Bréfritari: Sigríður Pálsdóttir
Viðtakandi: Páll Pálsson
Dagsetning: A-1864-07-22
Skrifað á: Breiðabólsstað  Rang.
Páll var bróðir Sigríðar

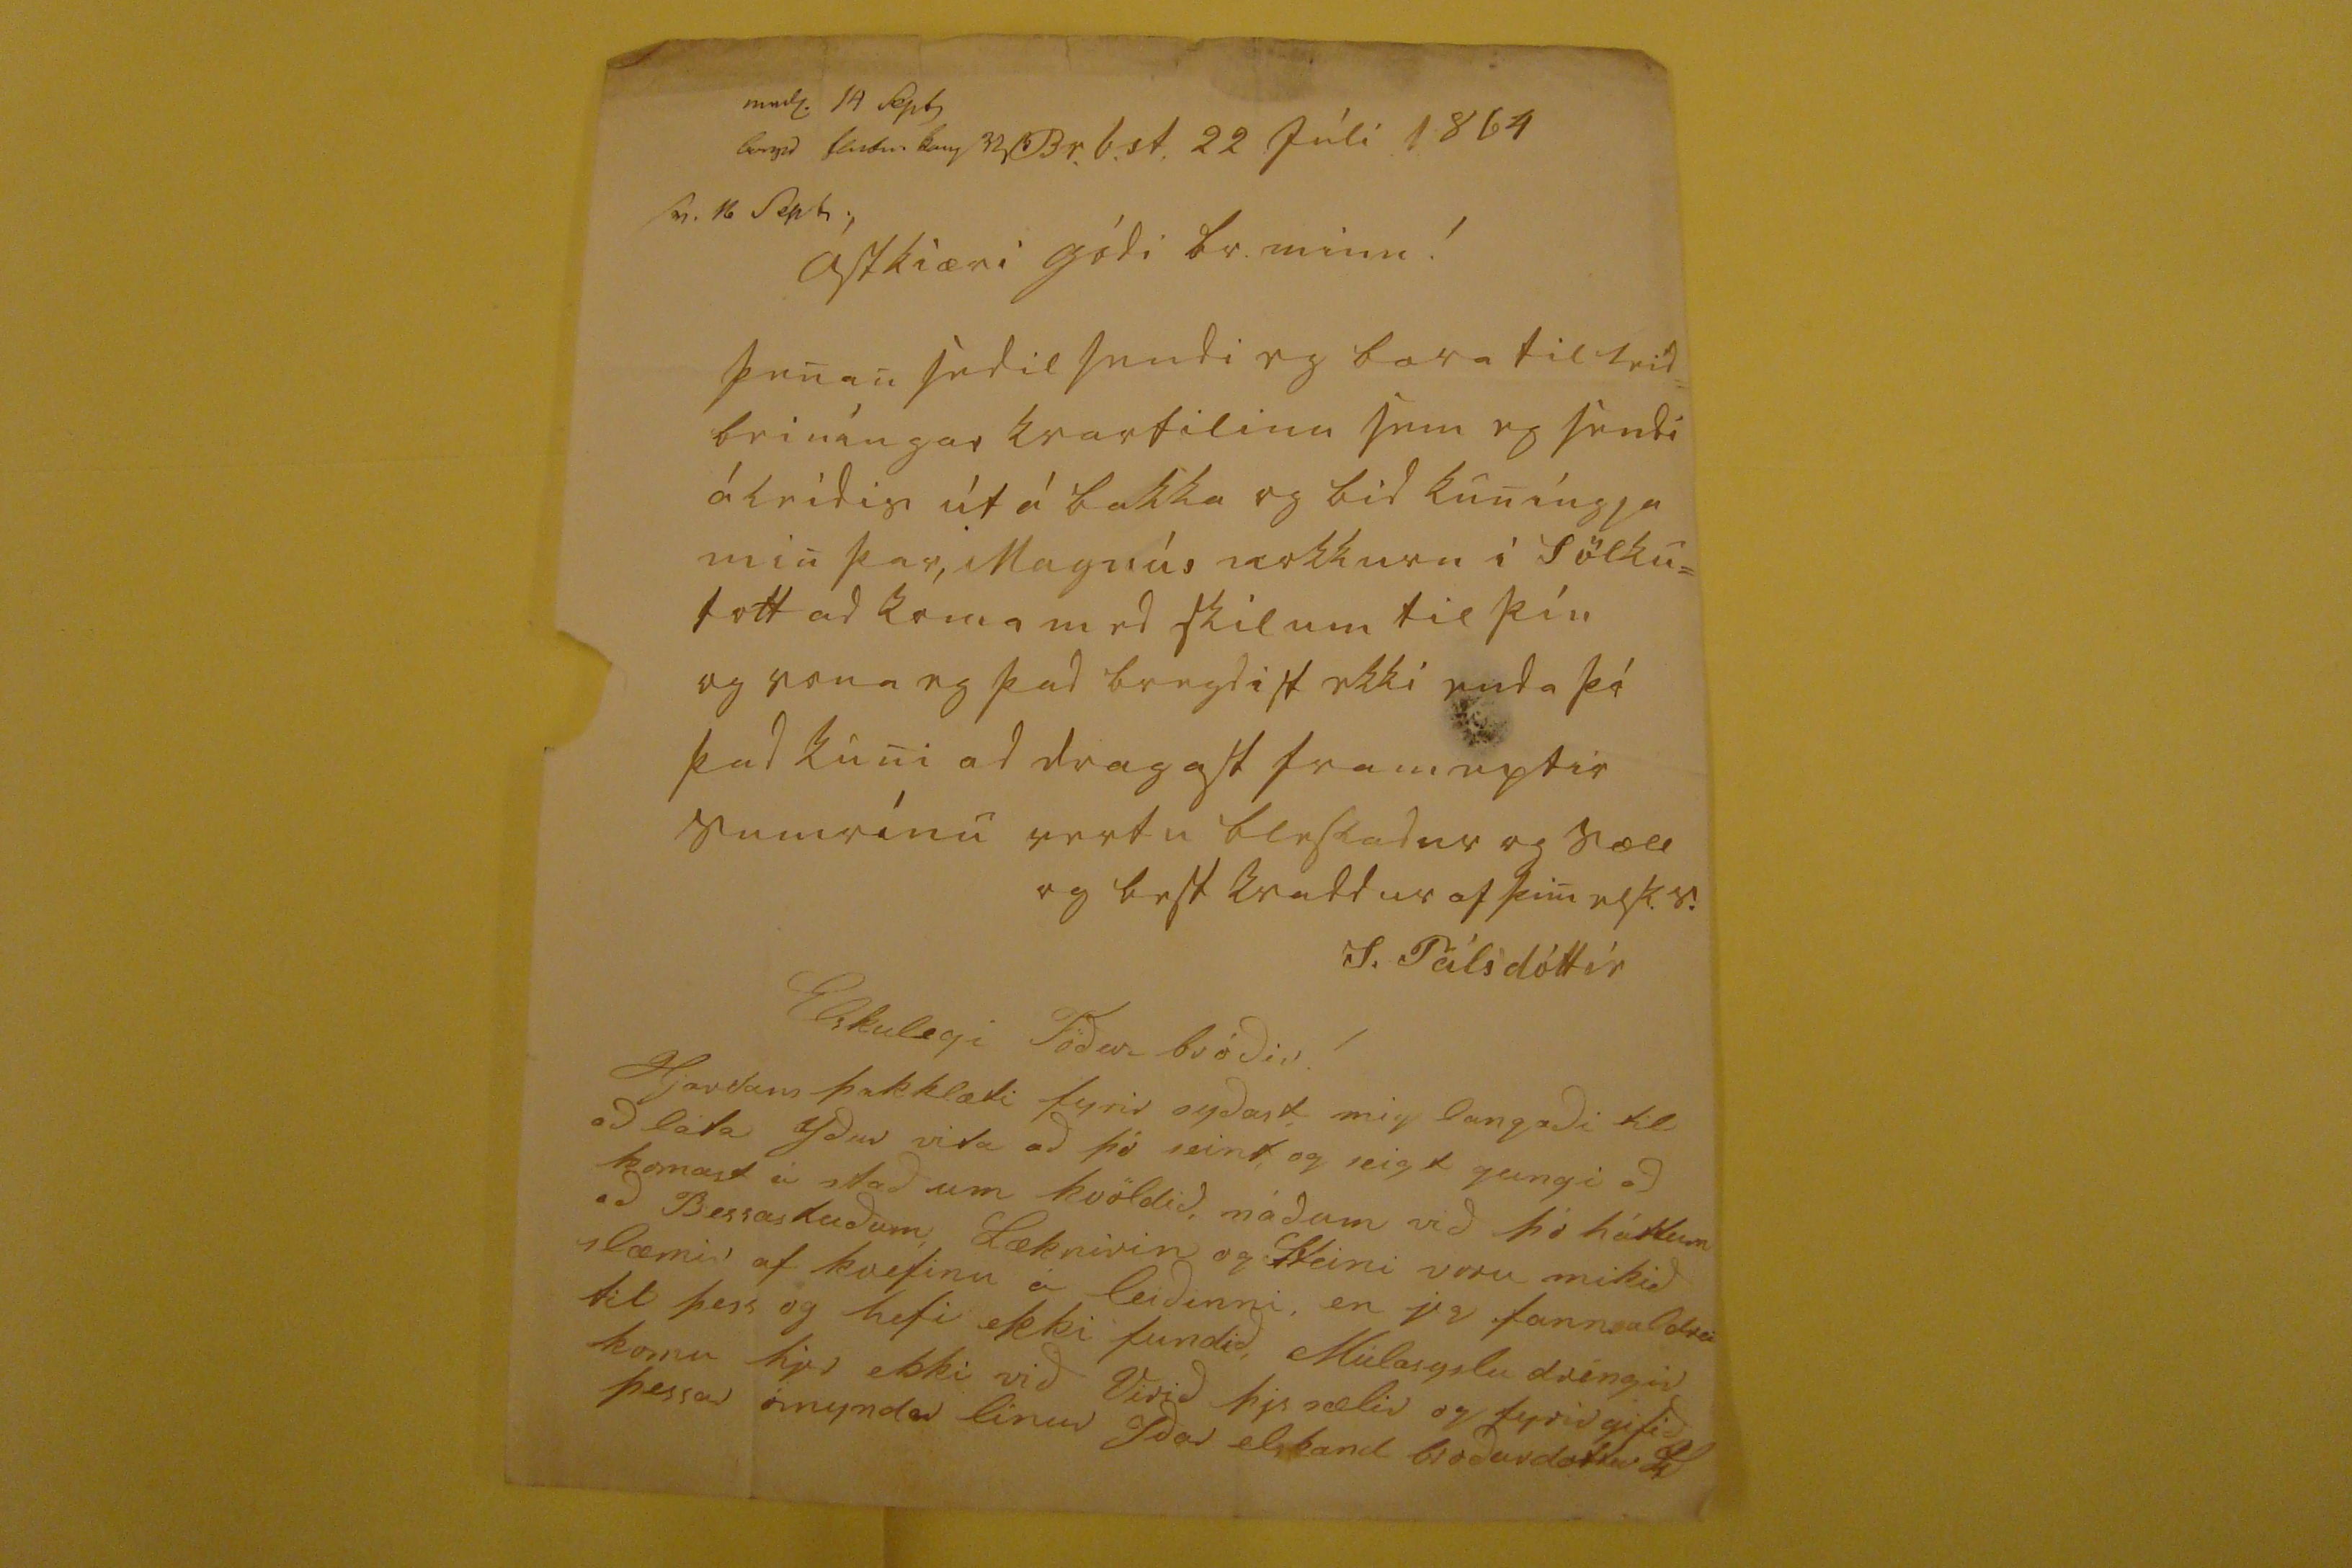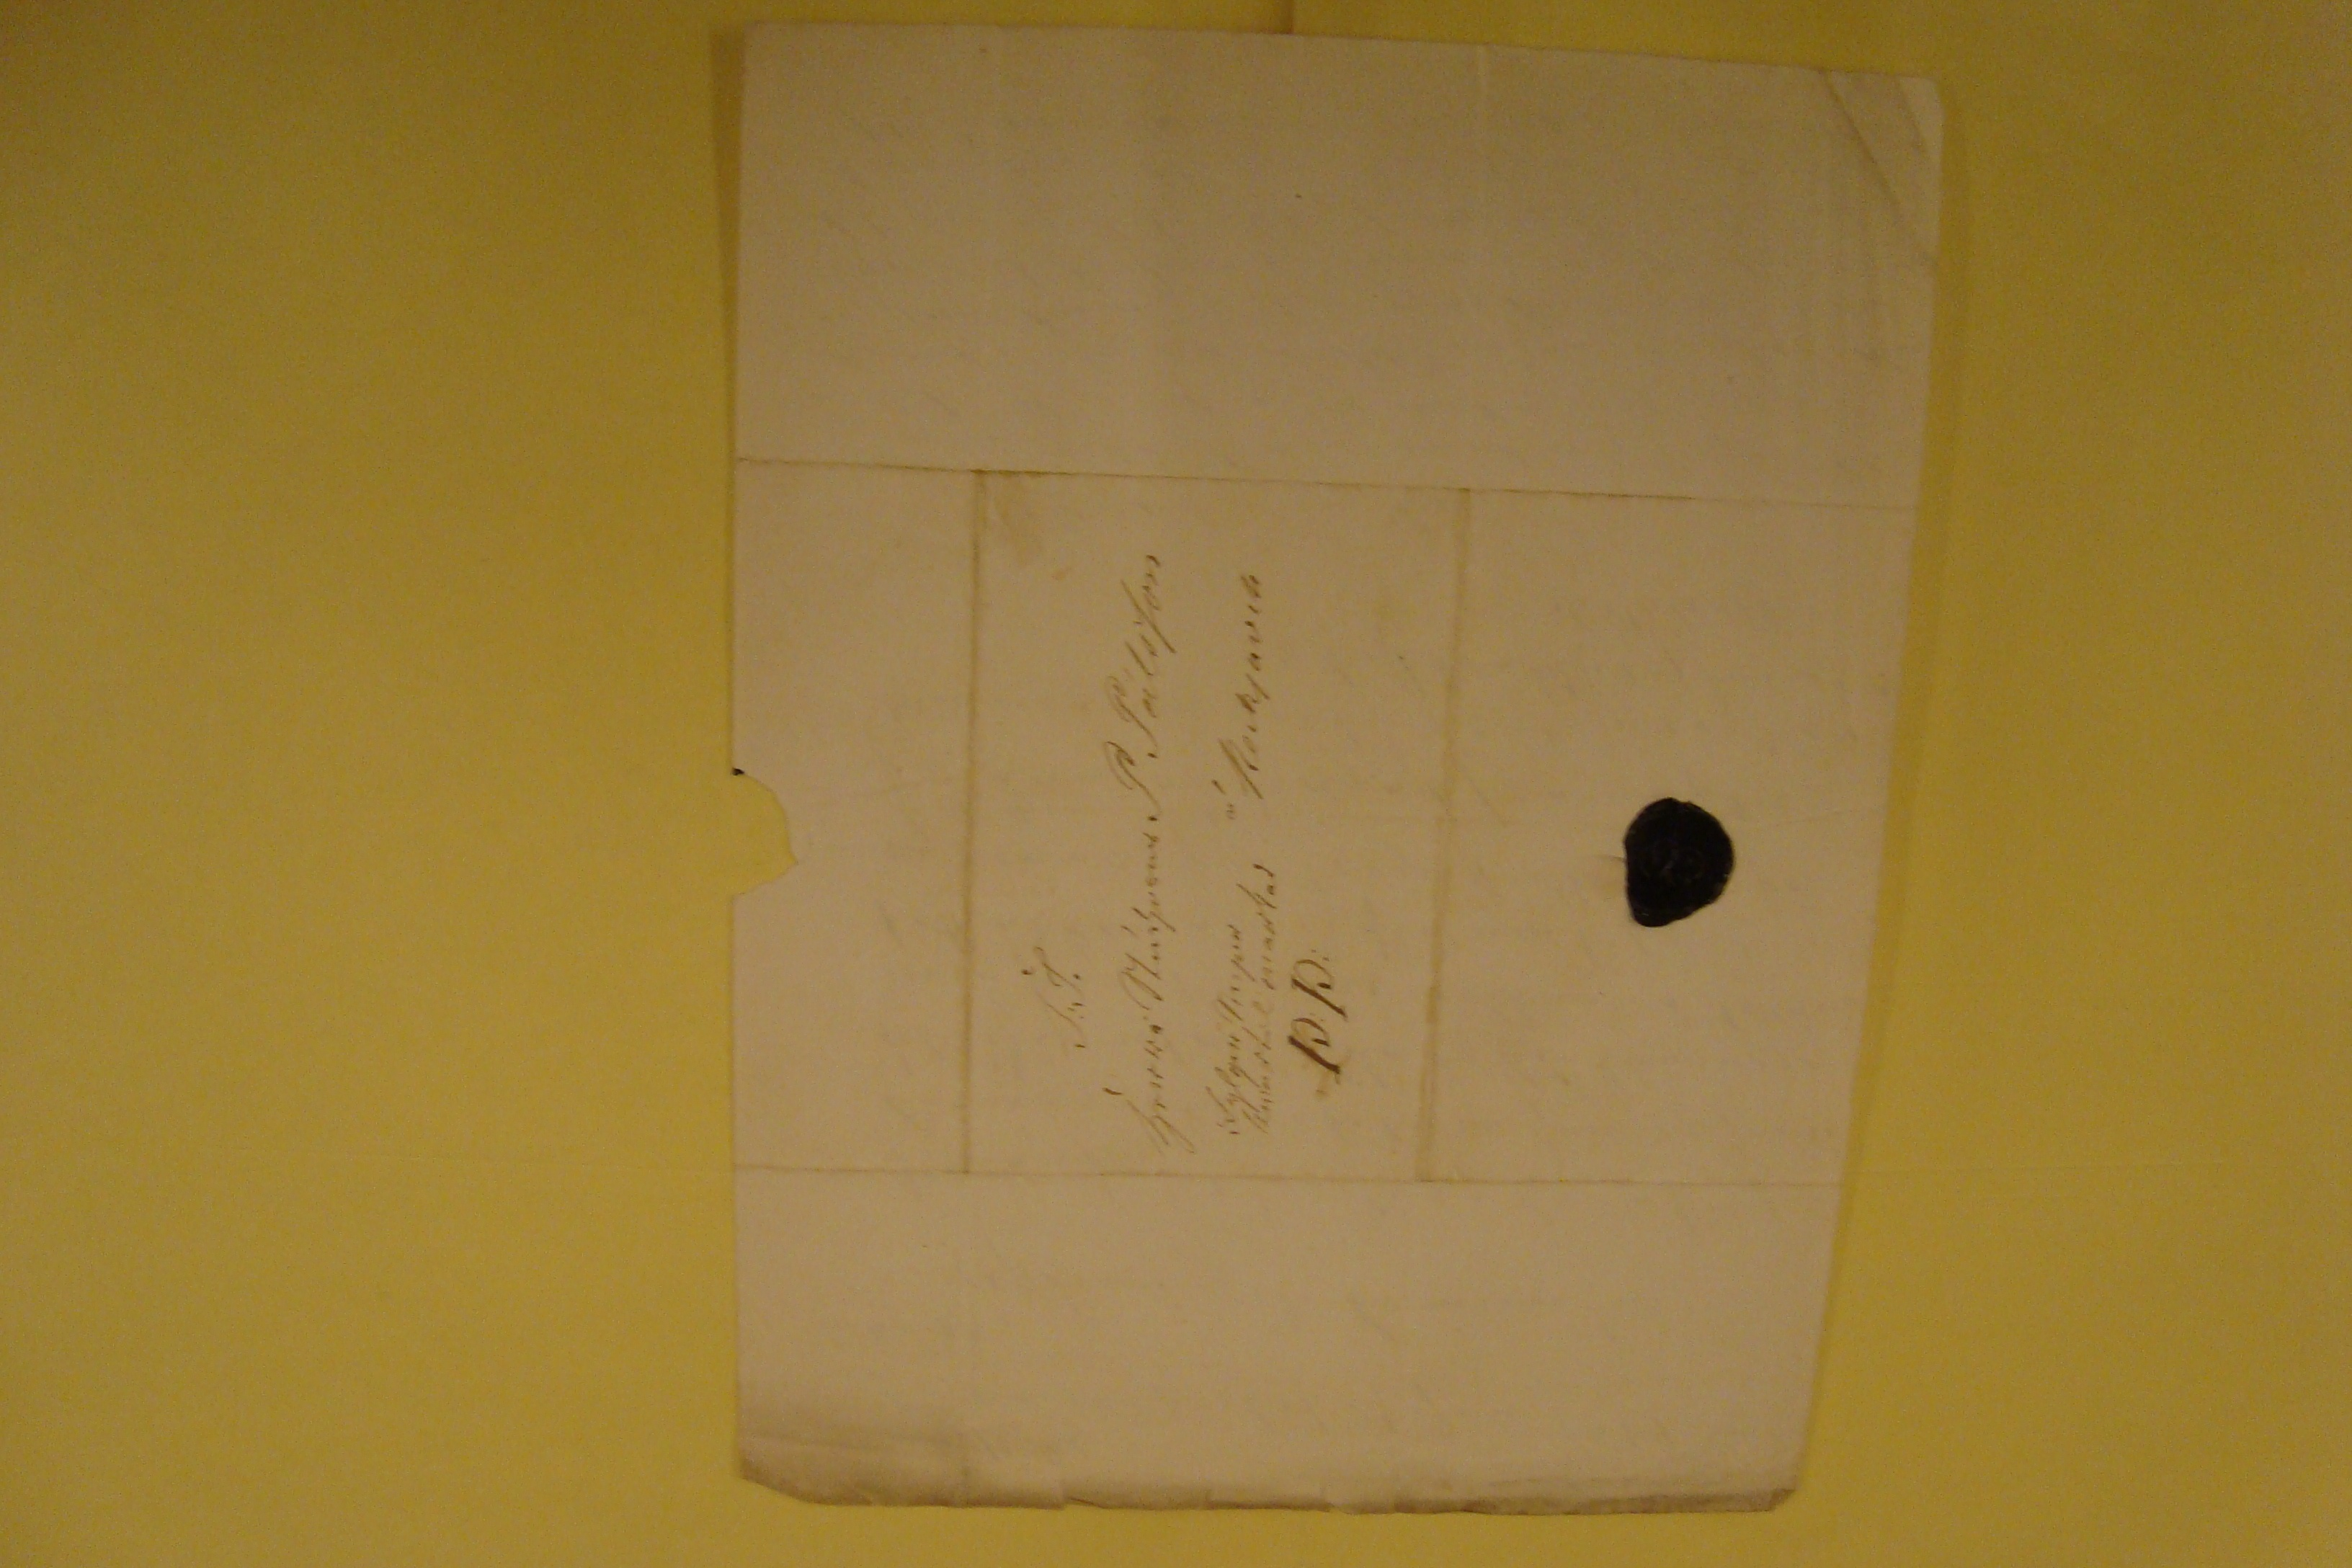

S.T. herra Stúdjósus P Pálsson á Reikjavik fylgir smjer kvartil ma00ad P:P:
Br.b.st. 22 Júli 1864
ástkiæri gódi br. minn!
þenan sedil sendi eg bara til leid= beiníngar kvartilinu sem eg sendi áleidis út á bakka og bid kuníngja min þar, Magnús nokkurn i Sölku=
0olt
ad koma med skilum til þín og vona eg þad bragdist ekki enda þó þad kuni ad dragast frameptir sumrínu vertu blessadur og sæll og best kvaddur af þini elsk. s.
S. Pálsdóttir
Elskulegi födur bródir !
Hjartans þakklæti fyrir sydast mig langadi til ad láta ydur vita ad þó seint og seigt gangi ad komast i stad um kvödlid, nádum þó háttum ad Bessastudum, læknirin og
Steini
voru mikid slæmir af kvefinu á leidinni, en eg fann aldrei til þess og hefi ekki fundid, Múlasyslu drengir komu her ekki vid Verid
h00
sælir og fyrirgefid þessa ómyndar linur ydar elskand brodurdottir
0S